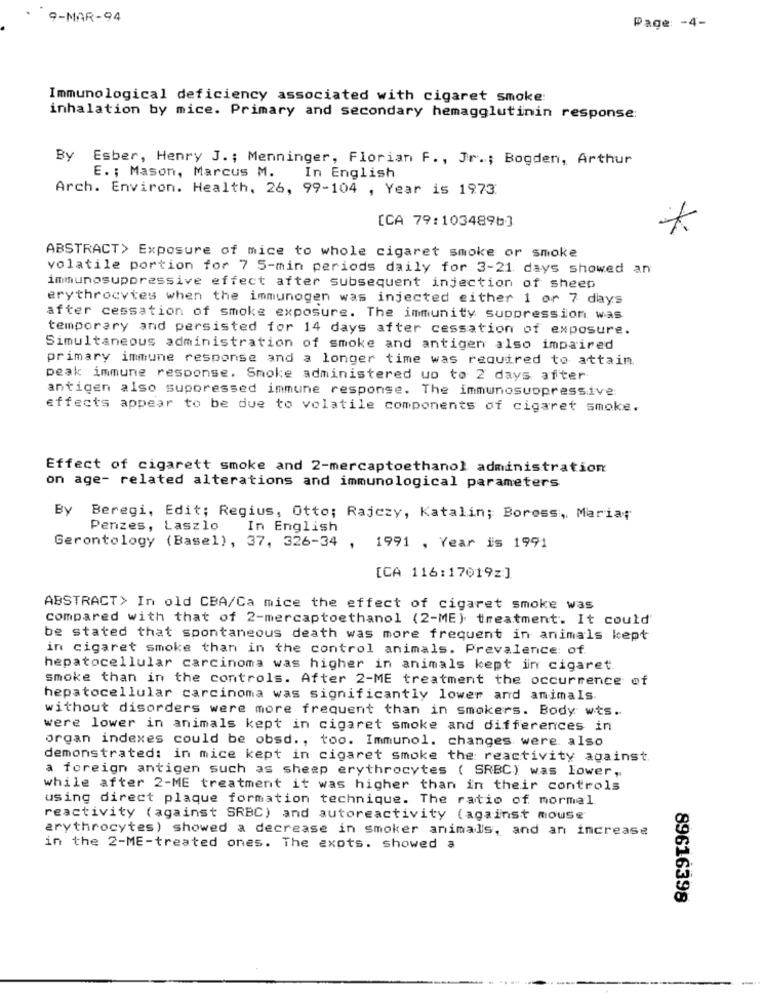
9-MAR-94
Page: - 4-
Immunological deficiency associated with cigaret smoke:
inhalation by mice. Primary and secondary hemagglutinin response:
By Esber, Henry J. ; Menninger, Florian F ., Jr .; Bogden, Arthur
E. ; Mason, Marcus M.
In English
Arch. Environ. Health, 26, 99-104 , Year is 1973
[CA 79:103489b]
ABSTRACT> Exposure of mice to whole cigaret smoke or smoke
volatile portion for 7 5-min periods daily for 3-21 days showed an
immunosuppressive effect after subsequent injection of sheep
erythrocytes when the immunogen was injected either 1 or 7 days
after cessation of smoke exposure. The immunity suppression, was
temporary and persisted for 14 days after cessation of exposure.
Simultaneous administration of smoke and antigen also impaired
primary immune response and a longer time was required to attain
peak immune response. Smoke administered uo to 2 days after
antigen also suppressed immune response. The immunosuppressive:
effects appear to be due to volatile components of cigaret smoke.
Effect of cigarett smoke and 2-mercaptoethanol administration
on age- related alterations and immunological parameters
By Beregi, Edit; Regius, Otto; Rajczy, Katalin; Boress, Maria;
Penzes, Laszlo
In English
Gerontology (Basel), 37, 326-34 , 1991 , Year is 1991
[CA 116:17019z]
ABSTRACT> In old CBA/Ca mice the effect of cigaret smoke was
compared with that of 2-mercaptoethanol (2-ME) treatment. It could'
be stated that spontaneous death was more frequent in animals kept
in cigaret smoke than in the control animals. Prevalence of
hepatocellular carcinoma was higher in animals kept in cigaret.
smoke than in the controls. After 2-ME treatment the occurrence of
hepatocellular carcinoma was significantly lower and animals
without disorders were more frequent than in smokers. Body wts.
were lower in animals kept in cigaret smoke and differences in
organ indexes could be obsd ., too. Immunol. changes were. also
demonstrated: in mice kept in cigaret smoke the reactivity against
a foreign antigen such as sheep erythrocytes ( SRBC) was lower,
while after 2-ME treatment it was higher than in their controls
using direct plaque formation technique. The ratio of mormel
reactivity (against SRBC) and autoreactivity (against mouse
erythrocytes) showed a decrease in smoker animals, and an increase
in the 2-ME-treated ones. The exots. showed a
89616398